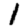
Digit: 1